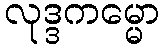
လုဒ္ဒကမ္မော